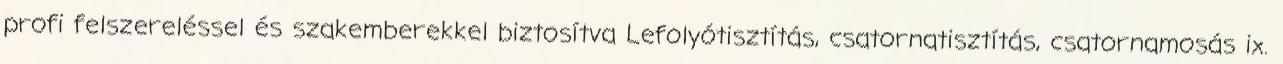
profi felszereléssel és szakemberekkel biztosítva Lefolyótisztítás, csatornatisztítás, csatornamosás ix.